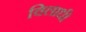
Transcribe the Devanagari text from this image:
विलाधी